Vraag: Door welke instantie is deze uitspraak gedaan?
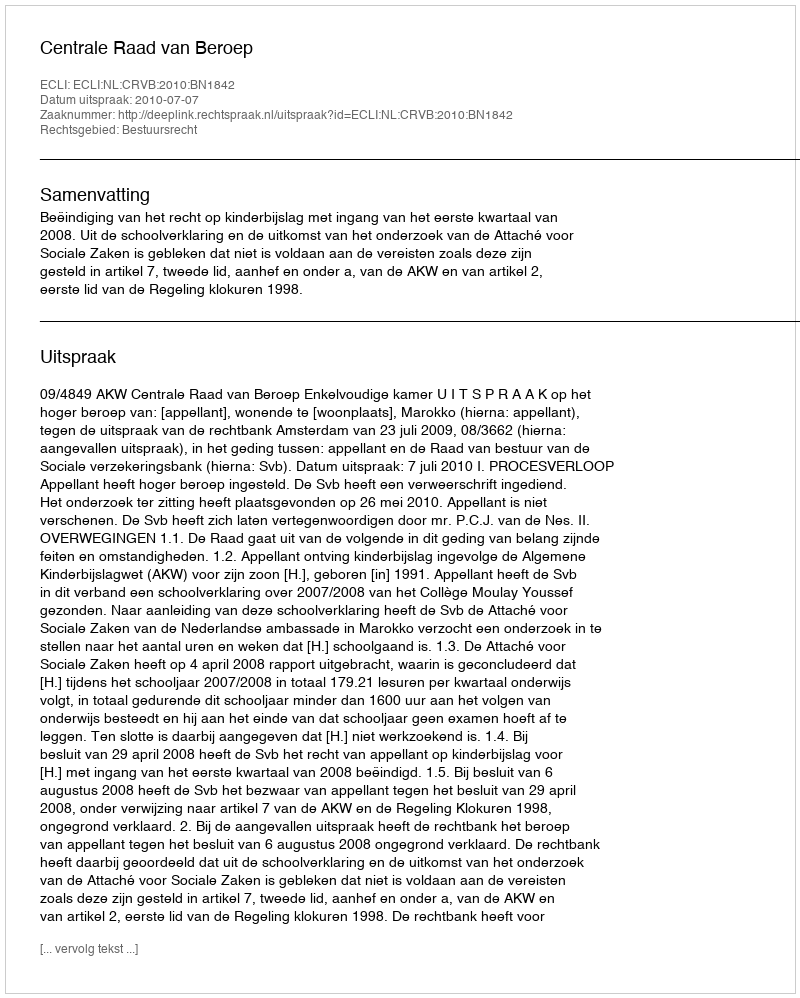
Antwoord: Centrale Raad van Beroep